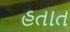
હતાત